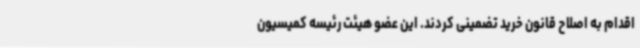
اقدام به اصلاح قانون خرید تضمینی کردند. این عضو هیئت رئیسه کمیسیون